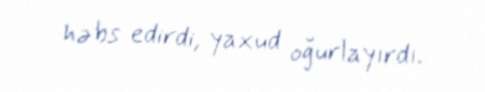
həbs edirdi, yaxud oğurlayırdı.